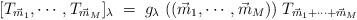
LaTeX: \begin{align*}[ T_{\vec m_1},\cdots, T_{\vec m_M} ]_\lambda\;=\; g_\lambda\;(( \vec m_1,\cdots, \vec m_M))\;T_{\vec m_1 +\cdots + \vec m_M}\end{align*}